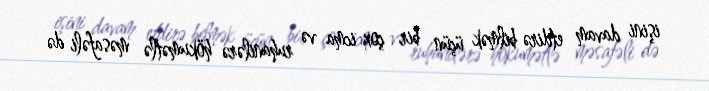
işini davam etdirə bilmək üçün bir çox icma və ruhanilərə hökumətlə məsafəli də